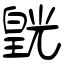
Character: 皝